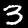
Label: 3